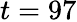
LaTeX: t=97